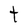
Character: t